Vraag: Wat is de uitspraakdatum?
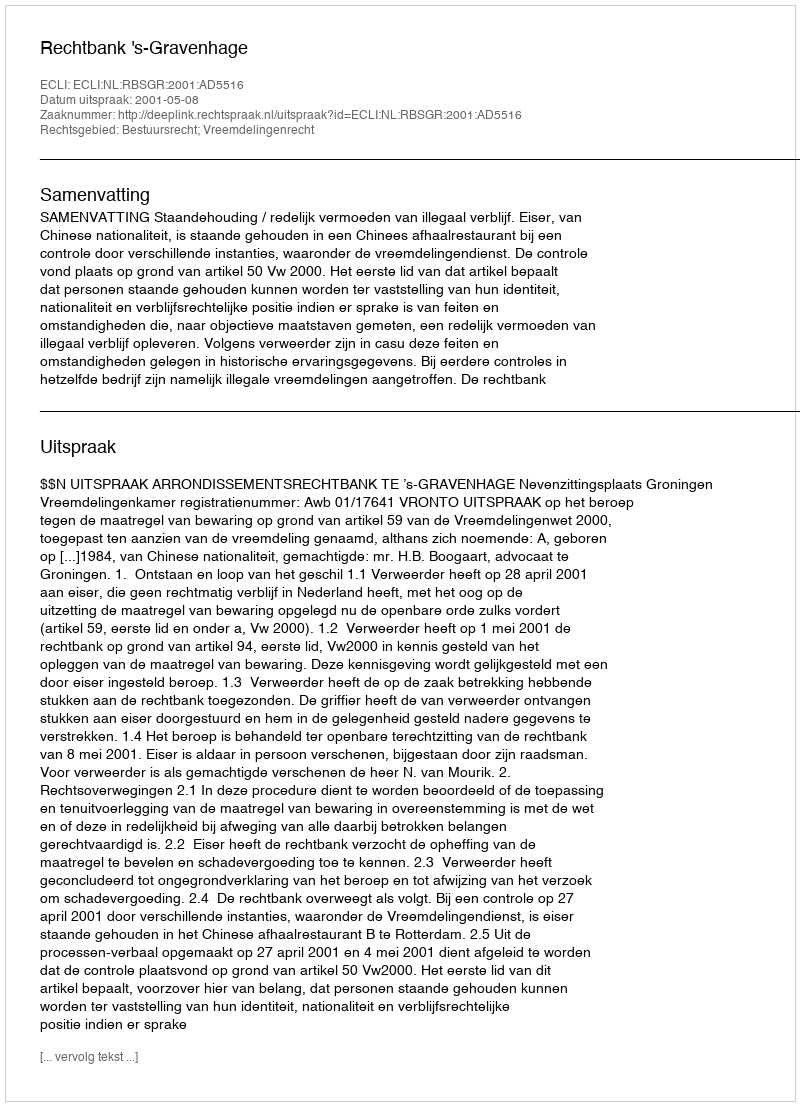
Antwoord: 2001-05-08